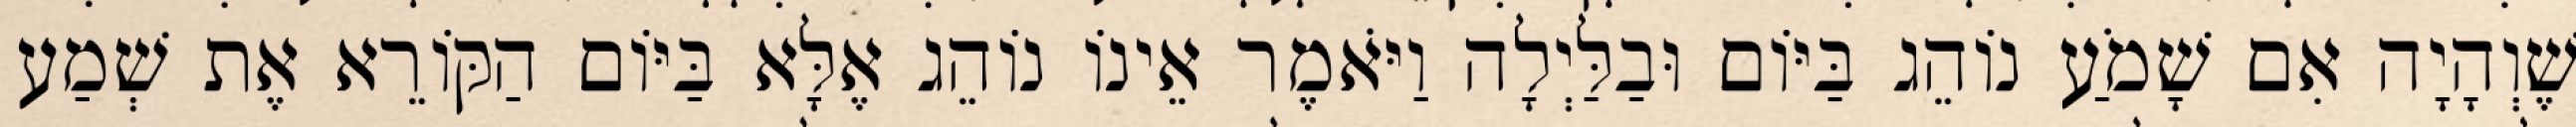
שֶׁוְהָיָה אִם שָׁמֹעַ נוֹהֵג בַּיּוֹם וּבַלַּיְלָה וַיֹּאמֶר אֵינוֹ נוֹהֵג אֶלָּא בַּיּוֹם הַקּוֹרֵא אֶת שְׁמַע